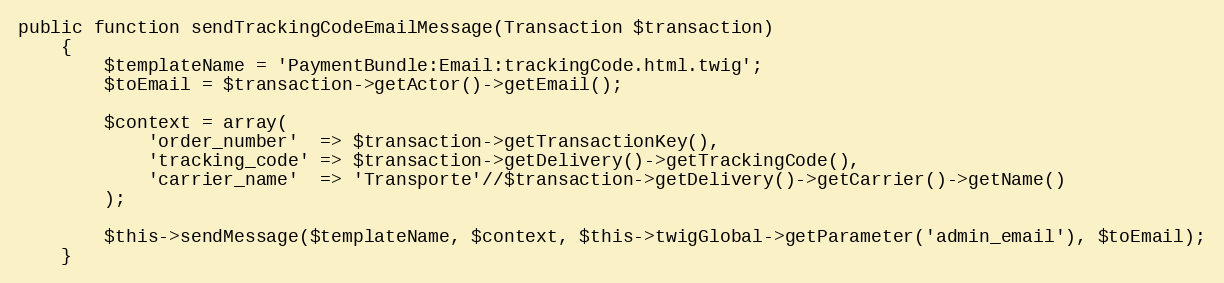
Language: PHP
public function sendTrackingCodeEmailMessage(Transaction $transaction)
    {
        $templateName = 'PaymentBundle:Email:trackingCode.html.twig';
        $toEmail = $transaction->getActor()->getEmail();

        $context = array(
            'order_number'  => $transaction->getTransactionKey(),
            'tracking_code' => $transaction->getDelivery()->getTrackingCode(),
            'carrier_name'  => 'Transporte'//$transaction->getDelivery()->getCarrier()->getName()
        );

        $this->sendMessage($templateName, $context, $this->twigGlobal->getParameter('admin_email'), $toEmail);
    }